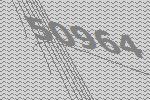
50964